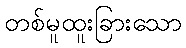
တစ်မူထူးခြားသော